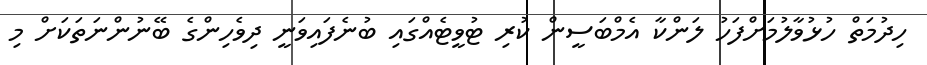
ހިދުމަތް ހުޅުވާލުމަށްފަހު ލަންކާ އެމްބަސީން ކުރި ޓުވީޓެއްގައި ބުނެފައިވަނީ ދިވެހިންގެ ބޭނުންނަތަކަަށް މި